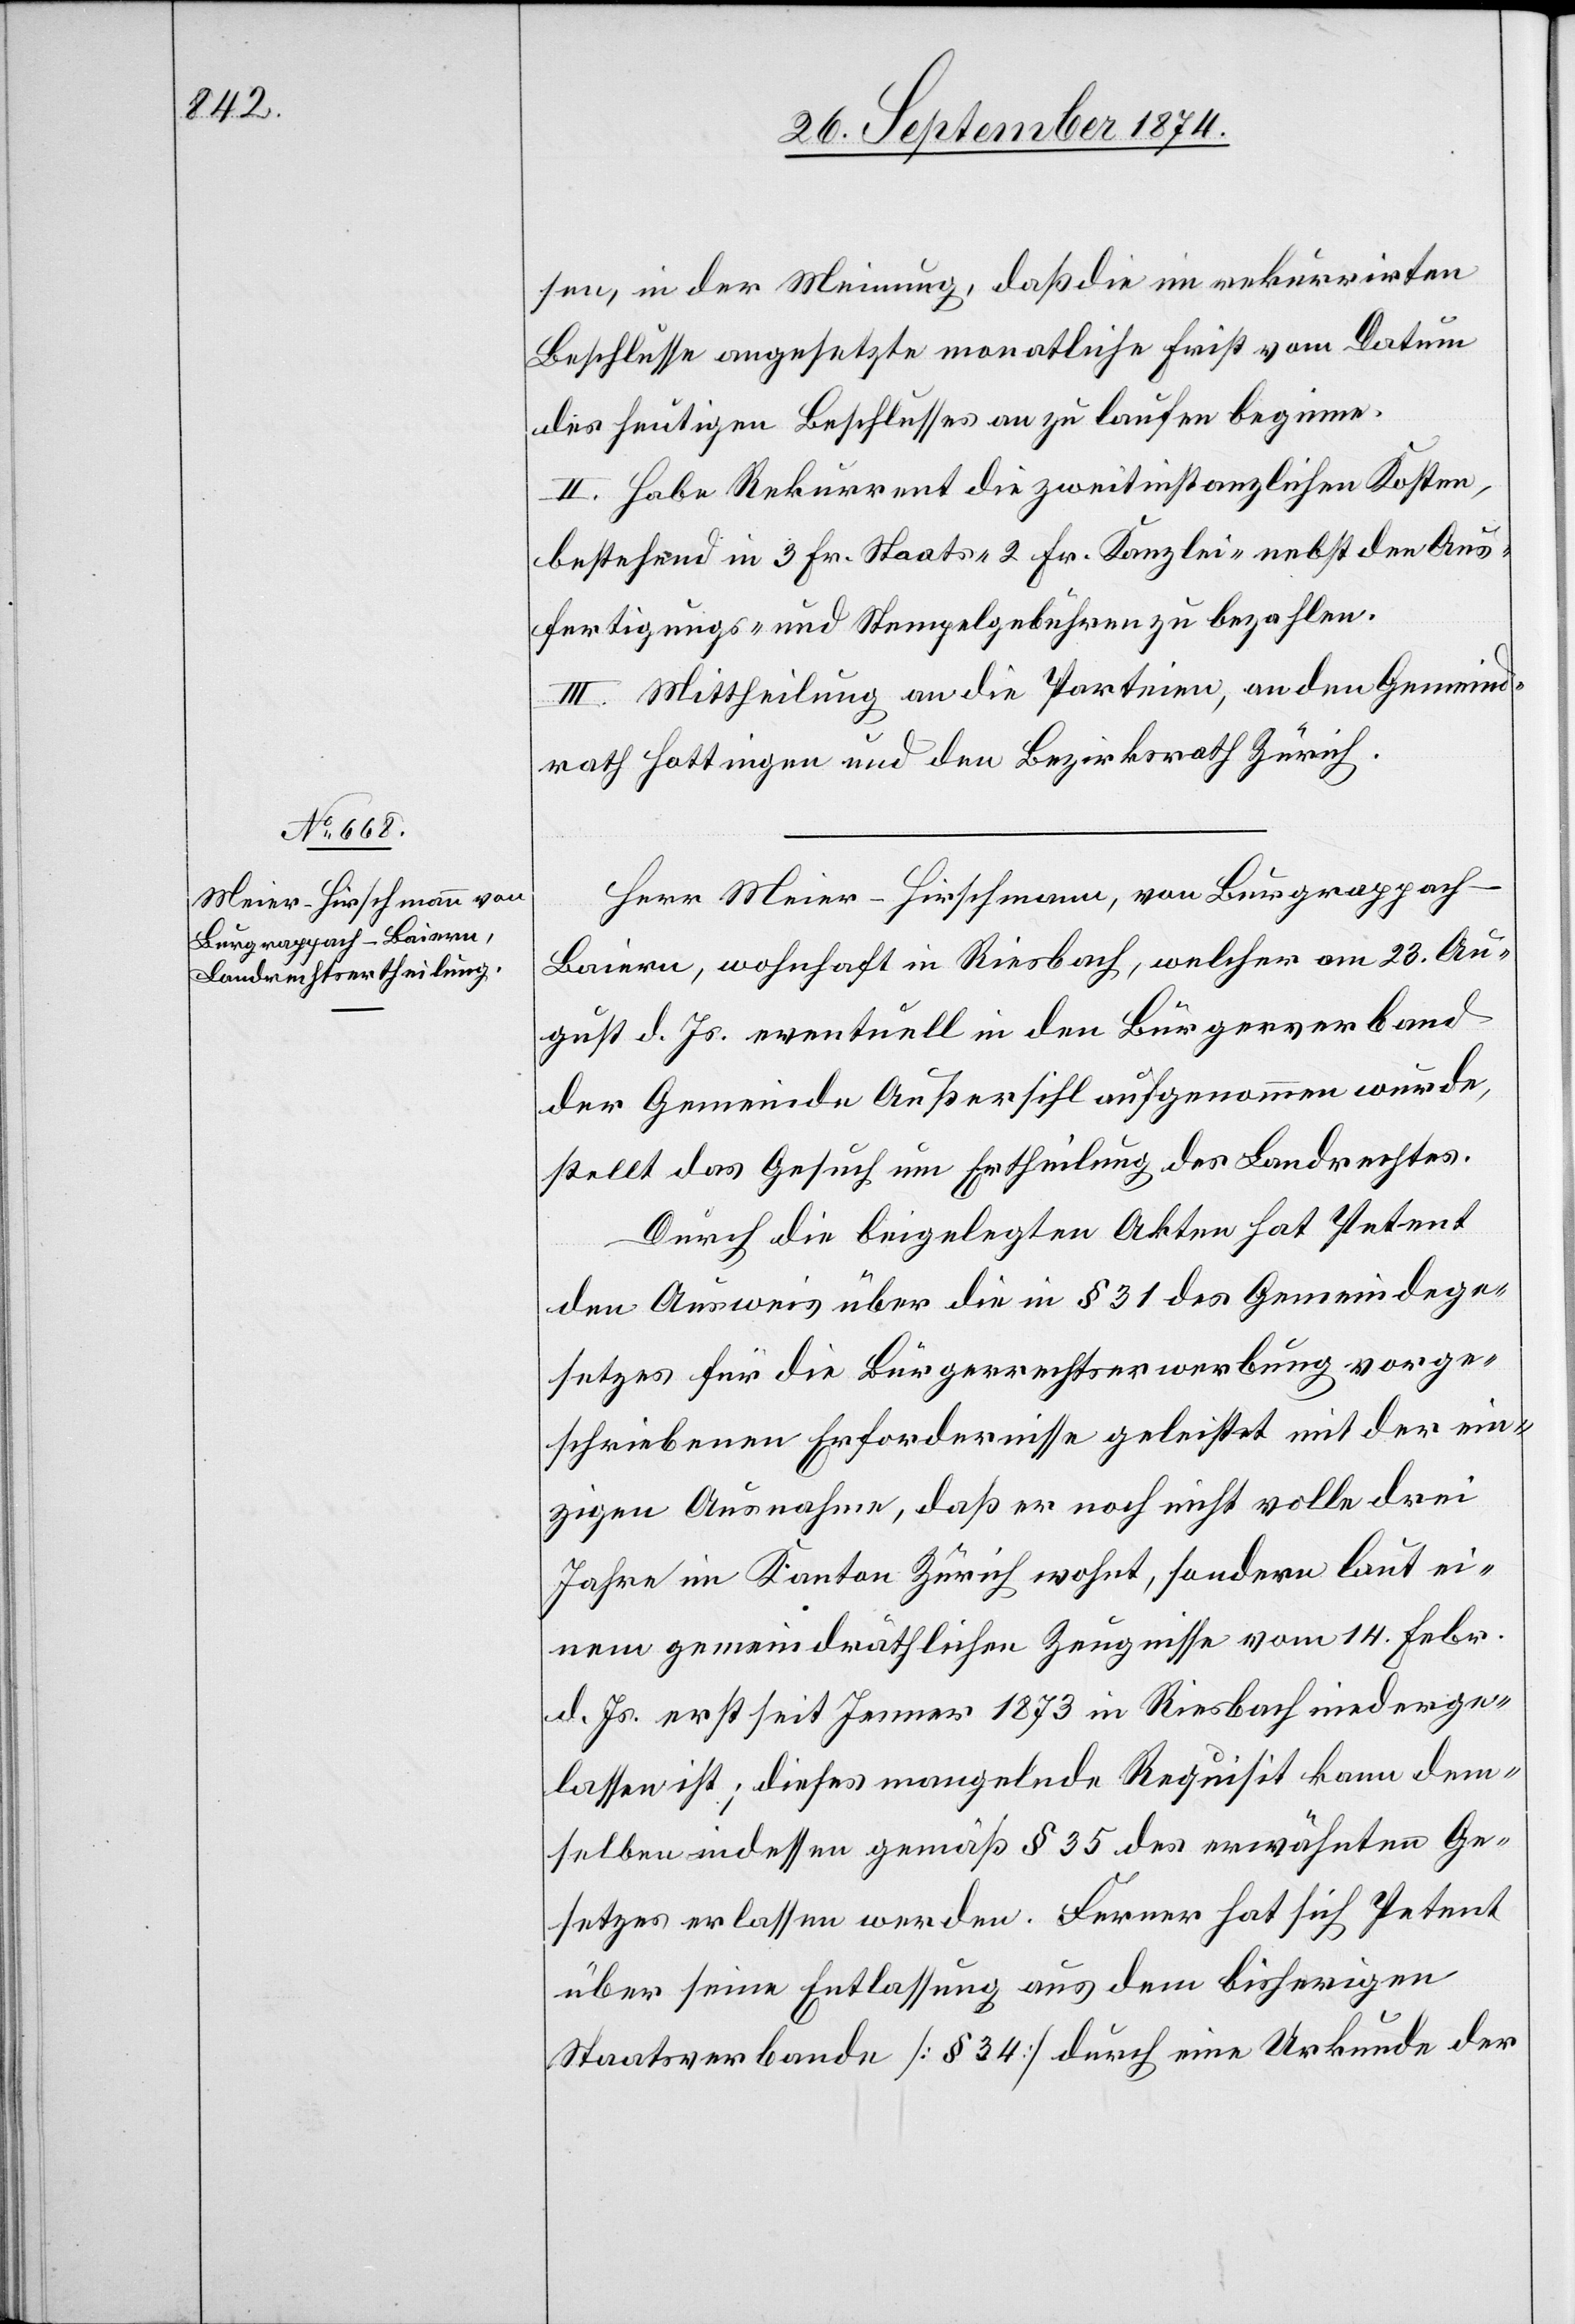
sen, in der Meinung, daß die im rekurrirten
Beschlusse angesetzte monatliche Frist vom Datum
des heutigen Beschlusses an zu laufen beginne.
II. Habe Rekurrent die zweitinstanzlichen Kosten,
bestehend in 3 Fr. Staats-[,] 2 Fr. Kanzlei- nebst den Aus¬
fertigungs- und Stempelgebühren zu bezahlen.
III. Mittheilung an die Parteien, an den Gemeind¬
rath Hottingen und den Bezirksrath Zürich.